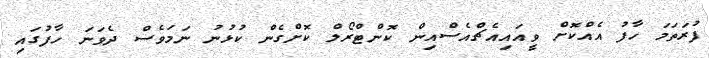
ފުރަތަމަ ހާފު އެއްކޮށް ވީއައިއެޗްއެސްއިން ކޮންޓްރޯލް ކޮށްގެން ކުޅުނު ނަމަވެސް ދެވަނަ ހާފުގައި